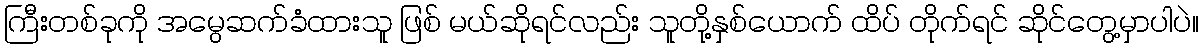
ကြီးတစ်ခုကို အမွေဆက်ခံထားသူ ဖြစ် မယ်ဆိုရင်လည်း သူတို့နှစ်ယောက် ထိပ် တိုက်ရင် ဆိုင်တွေ့မှာပါပဲ။